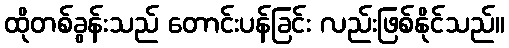
ထိုတစ်ခွန်းသည် တောင်းပန်ခြင်း လည်းဖြစ်နိုင်သည်။